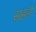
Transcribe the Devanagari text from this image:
सहनै